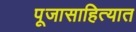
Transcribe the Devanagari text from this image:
पूजासाहित्यात